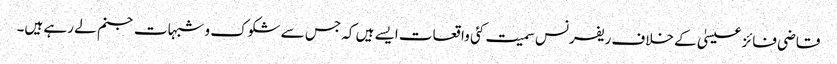
قاضی فائز عیسیٰ کے خلاف ریفرنس سمیت کئی واقعات ایسے ہیں کہ جس سے شکوک و شبہات جنم لے رہے ہیں۔